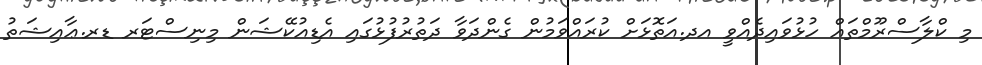
މި ކްލާސްރޫމްތައް ހުޅުވައިދެއްވީ އދ.އަތޮޅަށް ކުރައްވަމުން ގެންދަވާ ދަތުރުފުޅުގައި އެޑިއުކޭޝަން މިނިސްޓަރ ޑރ.ޢާއިޝަތު